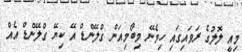
މިއީ ލޮލުގެ ރަވައިގައި ހިމެނޭ މިބޯމިއަން ގްލޭންޑް އޭ ކިޔޭ ގްލޭންޑް އެއް